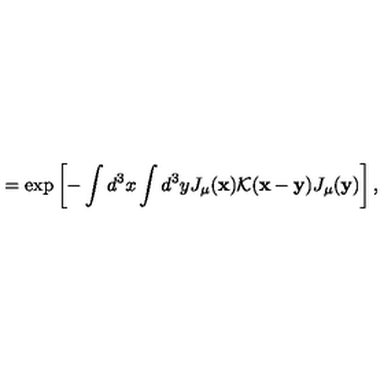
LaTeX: = \exp \left[ - \int d ^ { 3 } x \int d ^ { 3 } y J _ { \mu } ( { \bf x } ) { \cal K } ( { \bf x } - { \bf y } ) J _ { \mu } ( { \bf y } ) \right] ,